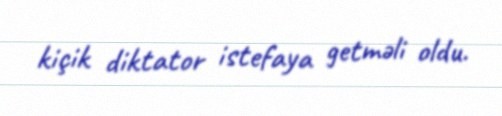
kiçik diktator istefaya getməli oldu.